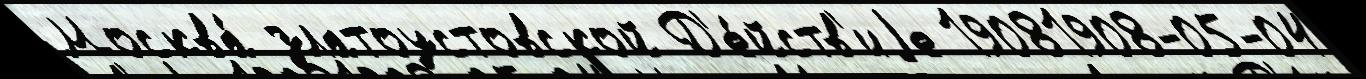
Москва́ златоустовской Д'е́йств'иjе 19081908-05-04